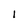
Character: 1